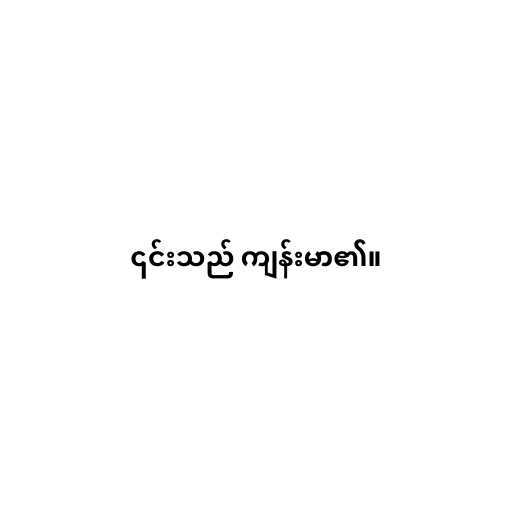
၎င်းသည် ကျန်းမာ၏။